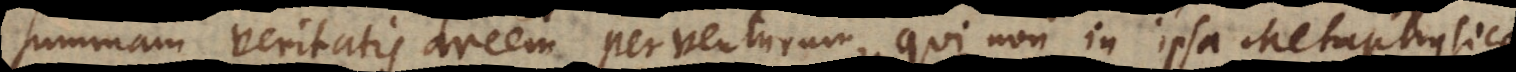
summam veritatis arcem perventurum, qui non in ipsa Metaphysica